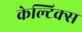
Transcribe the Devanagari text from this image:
केल्टिक्स